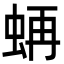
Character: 𧋁